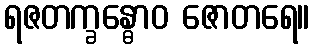
ရဇတက္ခန္ဓောဝ ဇောတရေ။